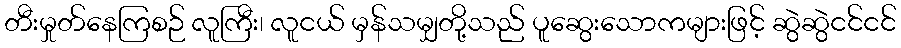
တီးမှုတ်နေကြစဉ် လူကြီး၊ လူငယ် မှန်သမျှတို့သည် ပူဆွေးသောကများဖြင့် ဆွဲဆွဲငင်ငင်